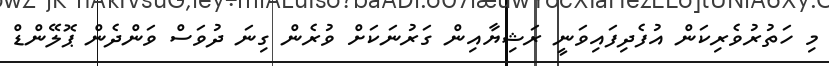
މި ހަތުރުވެރިކަން އުފެދިފައިވަނީ ރަޝިޔާއިން ގަރުނަކަށް ވުރެން ގިނަ ދުވަސް ވަންދެން ޕޮލޭންޑް